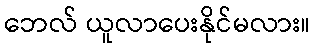
ဘေလ် ယူလာပေးနိုင်မလား။